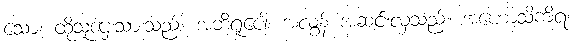
သော၊ ထိုသူဌေးသားသည်။ အဘိရူပေါ၊ အလွန် အဆင်းလှသည်။ အဟောသိကိရ၊